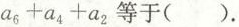
a_{6}+a_{4}+a_{2}$$ 等于( ).